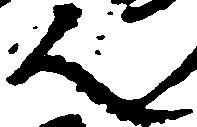
人